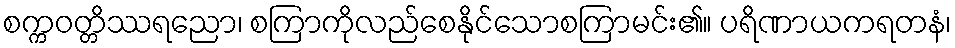
စက္ကဝတ္တိဿရညော၊ စကြာကိုလည်စေနိုင်သောစကြာမင်း၏။ ပရိဏာယကရတနံ၊